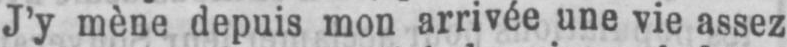
J’y mène depuis mon arrivée une vie assez